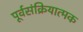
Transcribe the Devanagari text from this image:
पूर्वसंक्रियात्मक